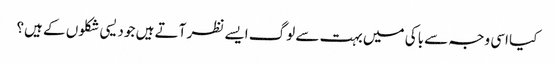
کیا اسی وجہ سے باکی میں بہت سے لوگ ایسے نظر آتے ہیں جو دیسی شکلوں کے ہیں؟